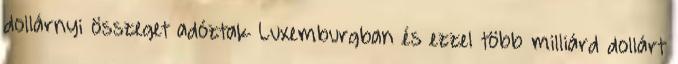
dollárnyi összeget adóztak Luxemburgban és ezzel több milliárd dollárt